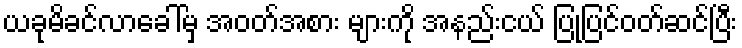
ယခုမိခင်လာခေါ်မှ အဝတ်အစား များကို အနည်းငယ် ပြုပြင်ဝတ်ဆင်ပြီး